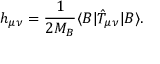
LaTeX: h _ { \mu \nu } = \frac { 1 } { 2 M _ { B } } \langle B | { \hat { T } } _ { \mu \nu } | B \rangle { } .